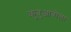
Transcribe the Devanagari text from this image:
कुबुआबोला